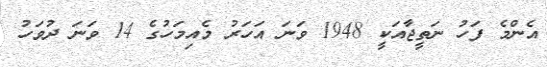
އެންމެ ފަހު ނަތީޖާއަކީ 1948 ވަނަ އަހަރު މެއިމަހުގެ 14 ވަނަ ދުވަހު